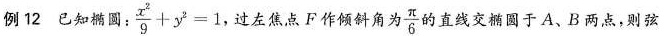
例12已知椭圆：$$\frac { x ^ { 2 } } { 9 } + y ^ { 2 } = 1$$，过左焦点F作倾斜角为\frac{\pi}{6}的直线交椭圆于A、B两点，则弦